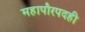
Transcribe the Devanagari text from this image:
महापौरपदही